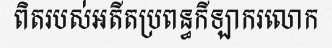
ពិតរបស់អតីតប្រពន្ធកីឡាករលោក